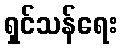
ရှင်သန်ရေး